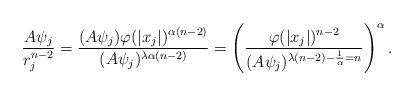
LaTeX: \begin{align*} \frac{A\psi_j}{r^{n-2}_{j}}=\frac{(A\psi_j)\varphi(|x_j|)^{\alpha(n-2)}}{(A\psi_j)^{\lambda\alpha(n-2)}}=\left(\frac{\varphi(|x_j|)^{n-2}}{(A\psi_j)^{\lambda(n-2)-\frac{1}{\alpha}=n}}\right)^\alpha . \end{align*}